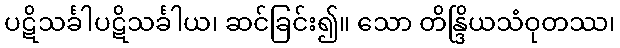
ပဋိသင်္ခါပဋိသင်္ခါယ၊ ဆင်ခြင်း၍။ သော တိန္ဒြိယသံဝုတဿ၊